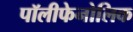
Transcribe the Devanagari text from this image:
पॉलीफेनोलिक